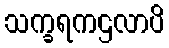
သက္ခရကဌလာပိ